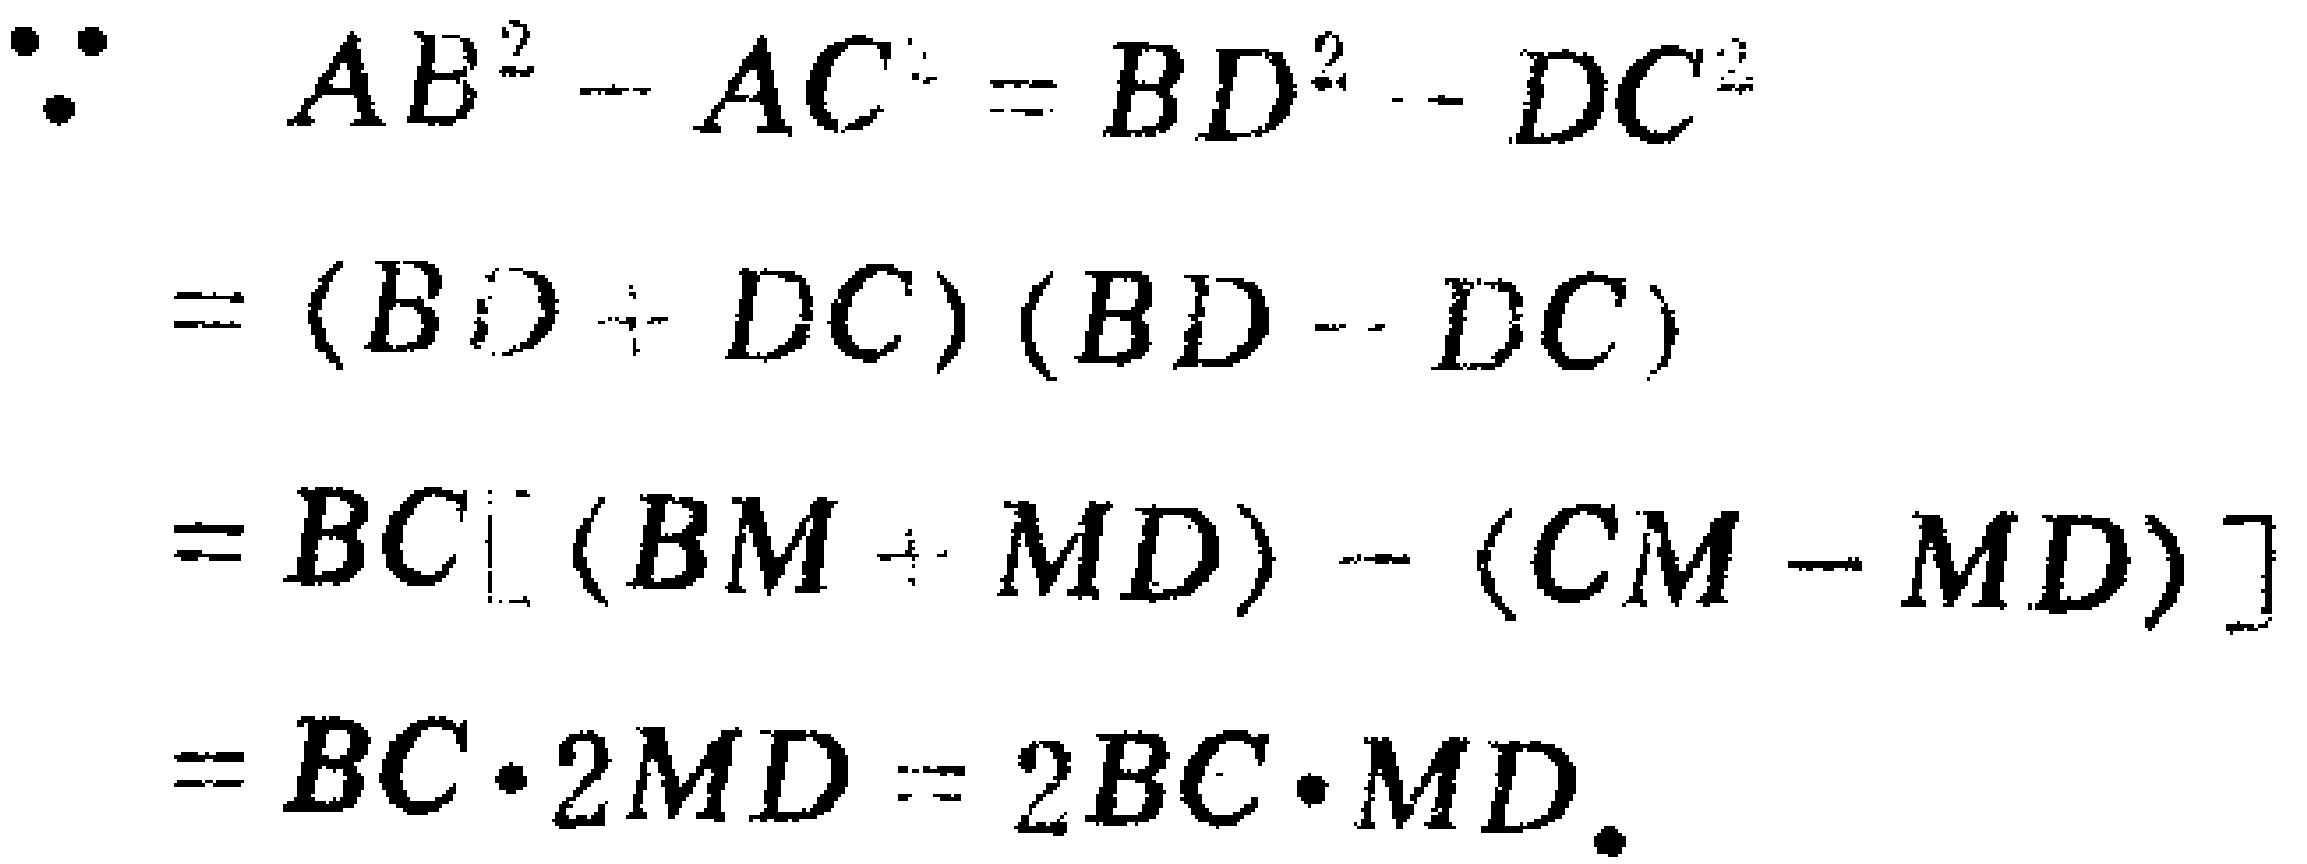
\[\begin{align*}
&\because AB^{2}-AC^{2}=BD^{2}-DC^{2}\\
&=(BD + DC)(BD - DC)\\
&=BC[(BM + MD)-(CM - MD)]\\
&=BC\cdot2MD = 2BC\cdot MD.
\end{align*}\]